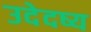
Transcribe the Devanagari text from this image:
उदेदष्य